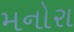
મનોરા